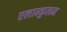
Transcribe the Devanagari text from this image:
एलाम्कुलम